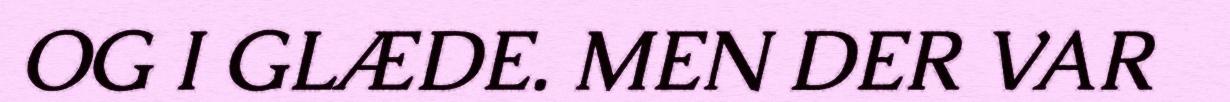
OG I GLÆDE. MEN DER VAR